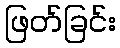
ဖြတ်ခြင်း